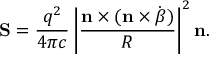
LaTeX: \mathbf { S } = { \frac { q ^ { 2 } } { 4 \pi c } } \left| { \frac { \mathbf { n } \times ( \mathbf { n } \times { \dot { \boldsymbol { \beta } } } ) } { R } } \right| ^ { 2 } \mathbf { n } .